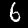
Label: 6